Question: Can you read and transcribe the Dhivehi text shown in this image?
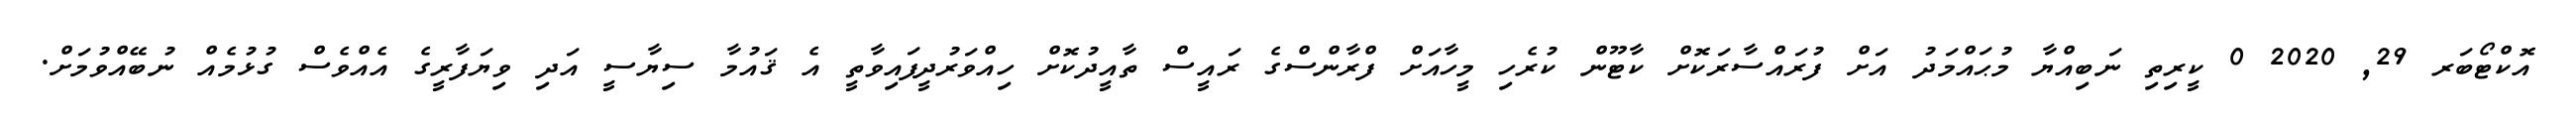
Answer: އޮކްޓޯބަރ 29, 2020 0 ކީރިތި ނަބިއްޔާ މުޙައްމަދު އަށް ފުރައްސާރަކޮށް ކާޓޫން ކުރެހި މީހާއަށް ފްރާންސްގެ ރައީސް ތާއީދުކޮށް ހިއްވަރުދީފައިވާތީ އެ ޤައުމާ ސިޔާސީ އަދި ވިޔަފާރީގެ އެއްވެސް ގުޅުމެއް ނުބޭއްވުމަށް.